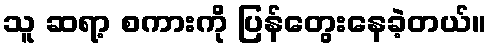
သူ ဆရာ့ စကားကို ပြန်တွေးနေခဲ့တယ်။